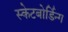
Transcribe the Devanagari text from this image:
स्केटबोर्डिन्ग